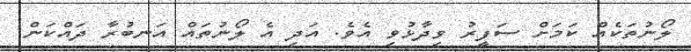
ލޯނުތަކެއް ކަމަށް ސަފީރު ވިދާޅުވި އެވެ. އަދި އެ ލޯނުތައް އަނބުރާ ދައްކަން